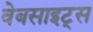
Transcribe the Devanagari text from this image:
वेबसाइट्‌स